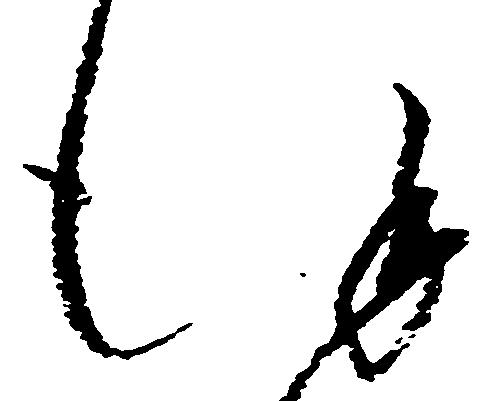
謹